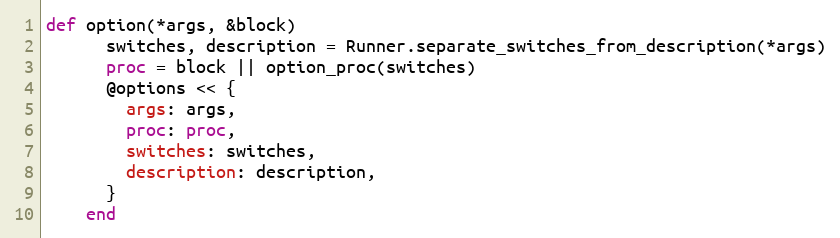
Language: Ruby
def option(*args, &block)
      switches, description = Runner.separate_switches_from_description(*args)
      proc = block || option_proc(switches)
      @options << {
        args: args,
        proc: proc,
        switches: switches,
        description: description,
      }
    end